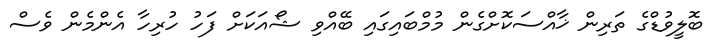
ބޮލީވުޑްގެ ތަރިން ޚާއްސަކޮށްގެން މުމްބައިގައި ބޭއްވި ޝޯއަކަށް ފަހު ހުރިހާ އެންމެން ވެސް